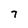
Character: 7